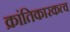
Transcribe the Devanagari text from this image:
क्रांतिकारकत्व